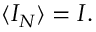
\langle { \cal I } _ { N } \rangle = { \cal I } .